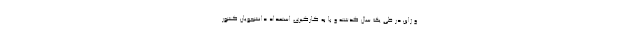
و ژاپن در طی یک سال گذشته و با به کارگیری استعداد دانشجویان کشور